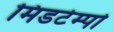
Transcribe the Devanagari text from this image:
मिडटेम्पो